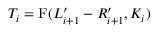
T _ { i } = \mathrm { F } ( L _ { i + 1 } ^ { \prime } - R _ { i + 1 } ^ { \prime } , K _ { i } )